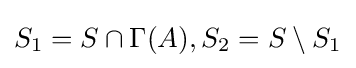
S_{1}=S\cap \Gamma (A),S_{2}=S\setminus S_{1}